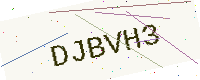
Text: DJBVH3